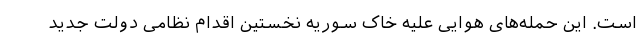
است. این حمله‌های هوایی علیه خاک سوریه نخستین اقدام نظامی دولت جدید